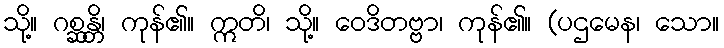
သို့။ ဂစ္ဆန္တိ၊ ကုန်၏။ ဣတိ၊ သို့။ ဝေဒိတဗ္ဗာ၊ ကုန်၏။ (ပဌမေန၊ သော။